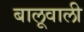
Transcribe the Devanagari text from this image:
बालूवाली